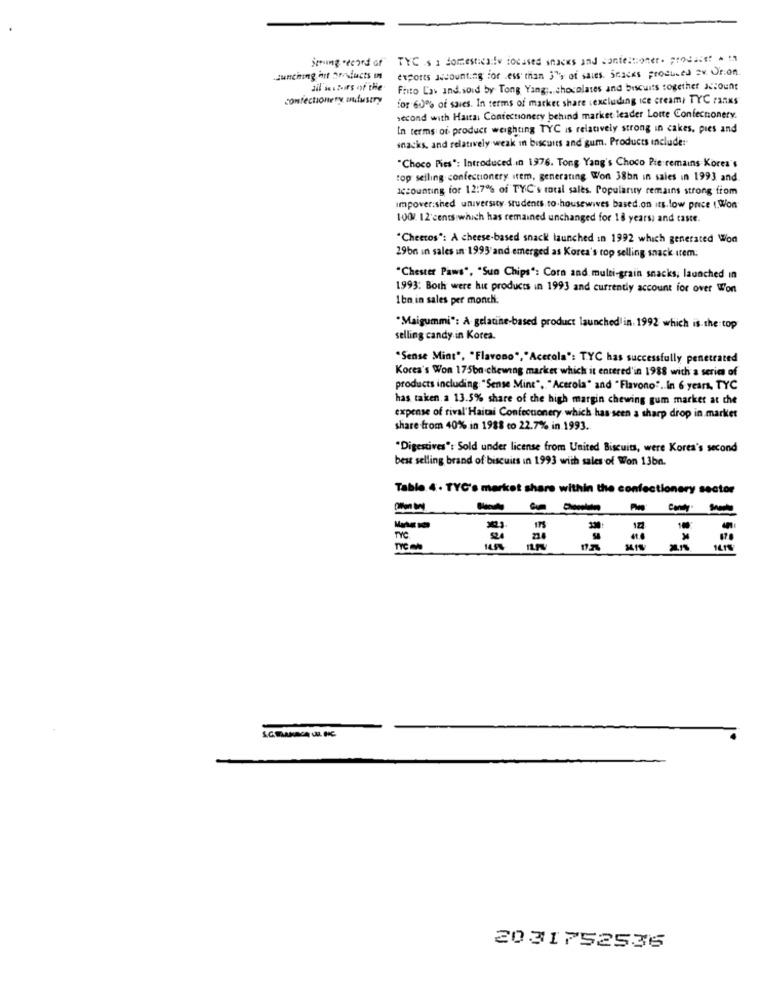
Seeing record of TYC s a domesticalle focused snacks and confectioner. producer + 1
Jumching ist Derducts In
dil se. Burs of the
Frito Law and. sold by Tong Yang :. chocolates and biscuits together account
confectionery Dulustry
for 60% of saves. In terms of market share (excluding ice cream, TYC ranks"
second with Haita, Confectionery behind market leader Lotte Confectionery.
In terms of product weighting TYC is relatively strong in cakes, pies and
snacks, and relatively weak in biscuits and gum. Products include:
"Choco Pies": Introduced in 1976. Tong Yang's Choco Pie remains Kores's
top selling confectionery item, generating Won 38bn in sales in 1993 and
accounting for 12:7% of TYC's total sales. Popularity remains strong from
impoverished university students to.housewives based.on its.low price (.Won
100 12 cents which has remained unchanged for 18 years, and caste.
"Cheetos": A cheese-based snack launched in 1992 which generated Won
29bn in sales in 1993'and emerged as Korea's top selling snack item.
"Chester Paws", "Sun Chips": Corn and. multi-grain snacks, launched in
1993: Both were hut products in 1993 and currently account for over Won
Ibn in sales per monch.
"Maigummi": A gelatine-based product launched in. 1992 which is.the top
selling candy in Korea.
"Sense Mint", "Flavono", "Acerola": TYC has successfully penetrated
Korea's Won 175bn chewing market which it entered'in 1988 with a series of
products including "Sense Mint", "Acerola" and "Flavono". in 6 years, TYC
has taken. a 13.5% share of the high margin chewing gum market at the
expense of rival'Haitai Confectionery which has seen a sharp drop in market
share from 40% in 1988 co 22.7% in 1993.
"Digestives": Sold under license from United Biscuits, were Korea's second
best selling brand of biscuits in 1993 with sales of Won 13ba.
Table 4 . TYC's market share within the confectionery sector
TYC
TYC -
-
20 31752536